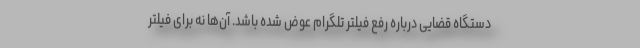
دستگاه قضایی درباره رفع فیلتر تلگرام عوض شده باشد. آن‌ها نه برای فیلتر